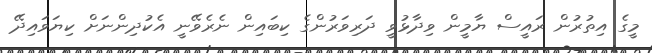
މީގެ އިތުރުން ރައީސް ޔާމީން ވިދާޅުވީ ދަރިވަރުންގެ ކިބައިން ނެރެވޭނީ އެކުދިންނަށް ކިޔަވައިދޭ